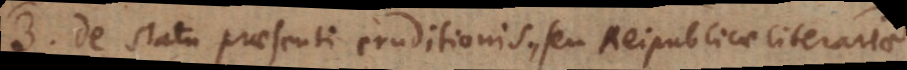
3) De statu praesenti eruditionis, seu Reipublicae literariae.